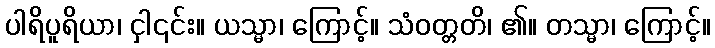
ပါရိပူရိယာ၊ ငှါ၎င်း။ ယသ္မာ၊ ကြောင့်။ သံဝတ္တတိ၊ ၏။ တသ္မာ၊ ကြောင့်။